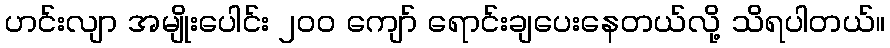
ဟင်းလျာ အမျိုးပေါင်း ၂၀၀ ကျော် ရောင်းချပေးနေတယ်လို့ သိရပါတယ်။